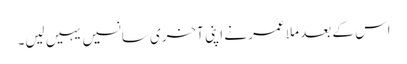
اس کے بعد ملا عمر نے اپنی آخری سانسیں یہیں لیں۔